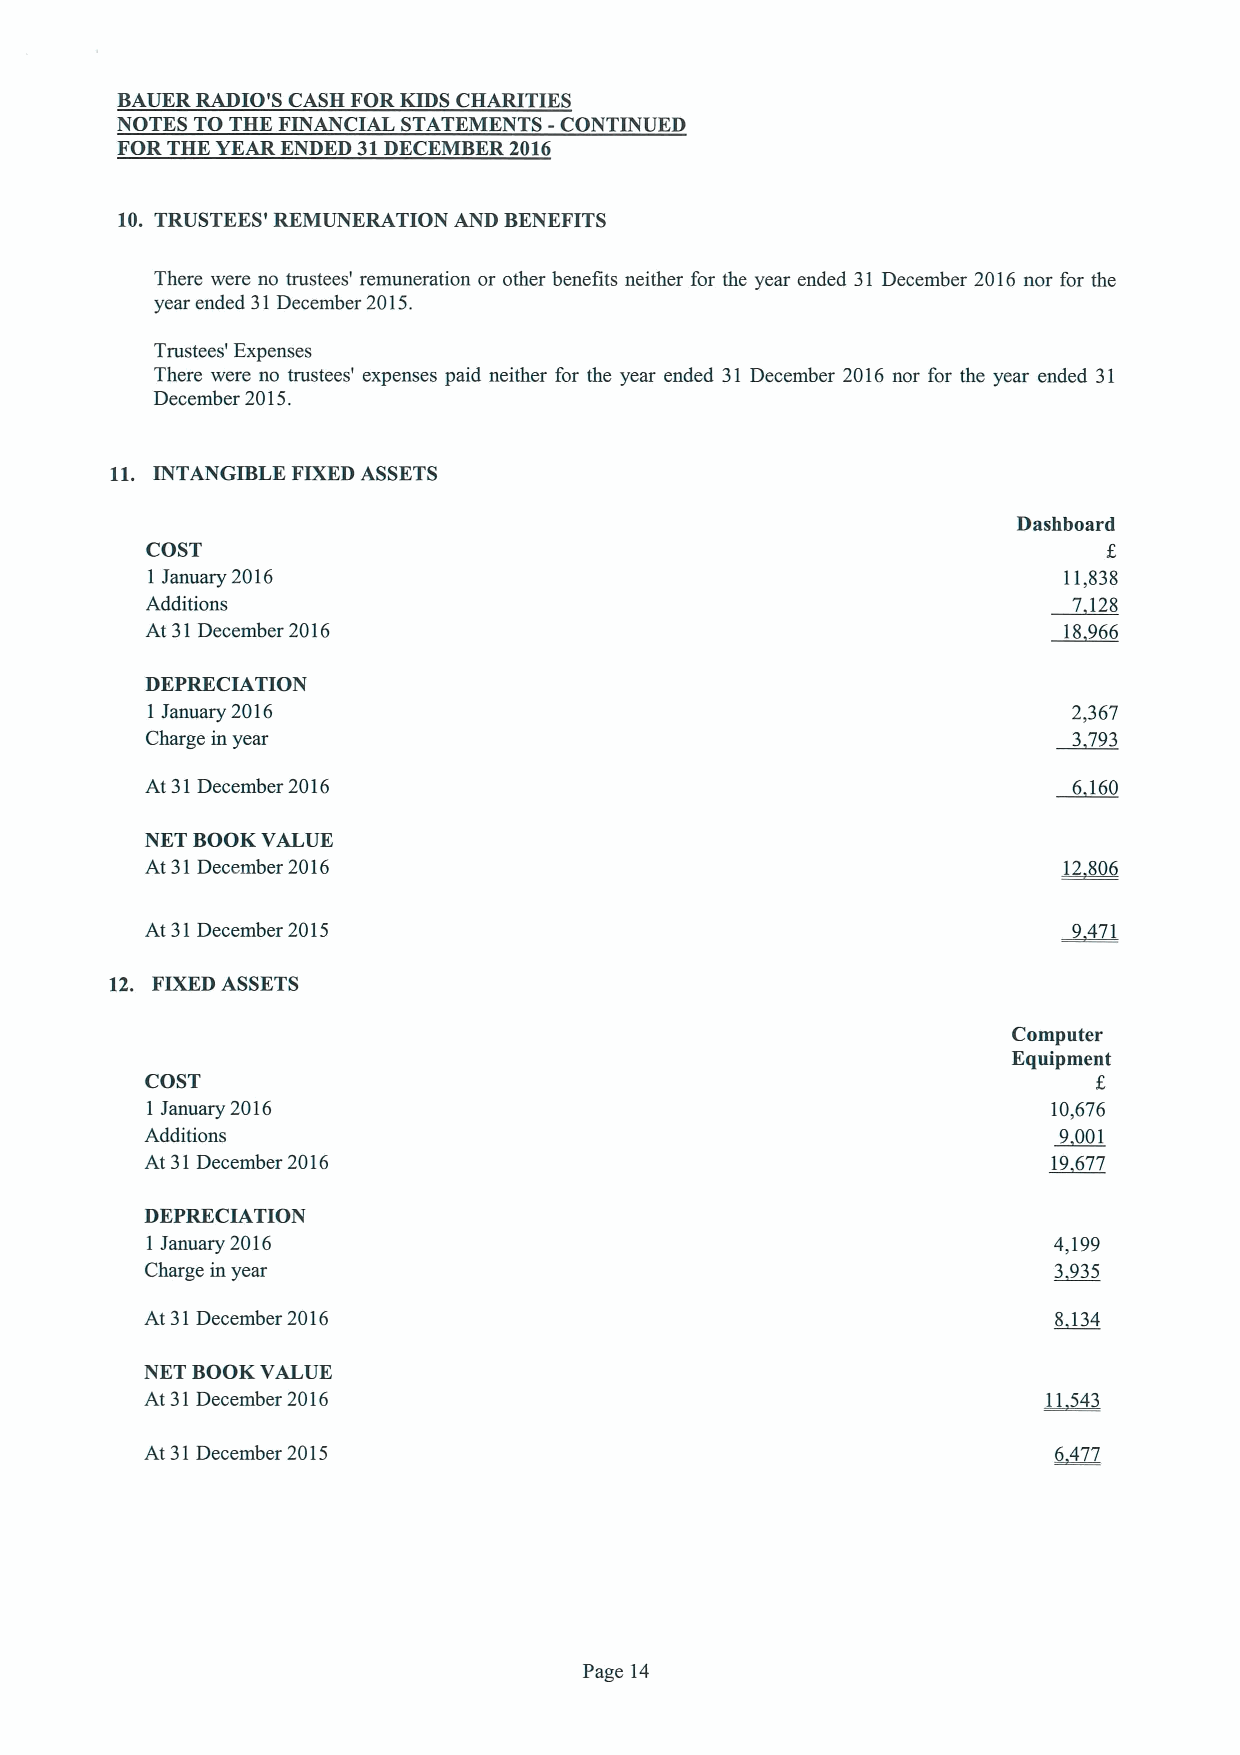
BAUER RADIO'S CASH FORKIDS CHARITIES
 NOTES TO THE FINANCIAL STATEMENTS -CONTINUED
 FOR THE YEAR ENDED 31DECEMBER 2016
 10. TRUSTEES' REMUNERATION AND BENEFITS
 There were no trustees' remuneration or other benefits neither for the year ended 31 December 2016 nor for the
 year ended 31December 2015.
 Trustees' Expenses
 There were no trustees' expenses paid neither for the year ended 31 December 2016 nor for the year ended 31
 December 2015.
 11. INTANGIBLE FIXEDASSETS
 Dashboard
 COST                                                           f.
 1 January 2016                                              11,838
 Additions                                                    7 128
 At 31December 2016                                          18966
 DEPRECIATION
 1 January 2016                                               2,367
 Charge in year                                               3793
 At 31December 2016                                           6 160
 NET BOOKVALUE
 At 31December 2016                                          12806
 At 31December 2015                                           9471
 12. FIXEDASSETS
 Computer
 Equipment
 COST
 1January 2016                                               10,676
 Additions                                                   9001
 At 31December 2016                                          19677
 DEPRECIATION
 1 January 2016                                              4,199
 Charge in year                                              3935
 At 31December 2016                                          8 134
 NET BOOKVALUE
 At 31December 2016                                         11543
 At 31December 2015                                          6477
 Page 14